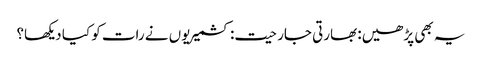
یہ بھی پڑھیں: بھارتی جارحیت: کشمیریوں نے رات کو کیا دیکھا؟